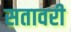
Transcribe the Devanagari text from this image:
सतावरी